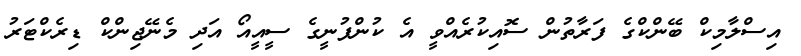
އިސްލާމިކް ބޭންކްގެ ފަރާތުން ސޮއިކުރެއްވީ އެ ކުންފުނީގެ ސީއީއޯ އަދި މެނޭޖިންކް ޑިރެކްޓަރު